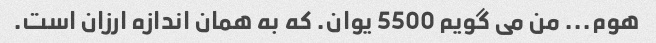
هوم... من می گویم 5500 یوان. که به همان اندازه ارزان است.